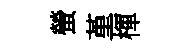
螢堇楎